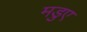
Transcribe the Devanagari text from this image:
मडुए